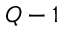
Q - 1